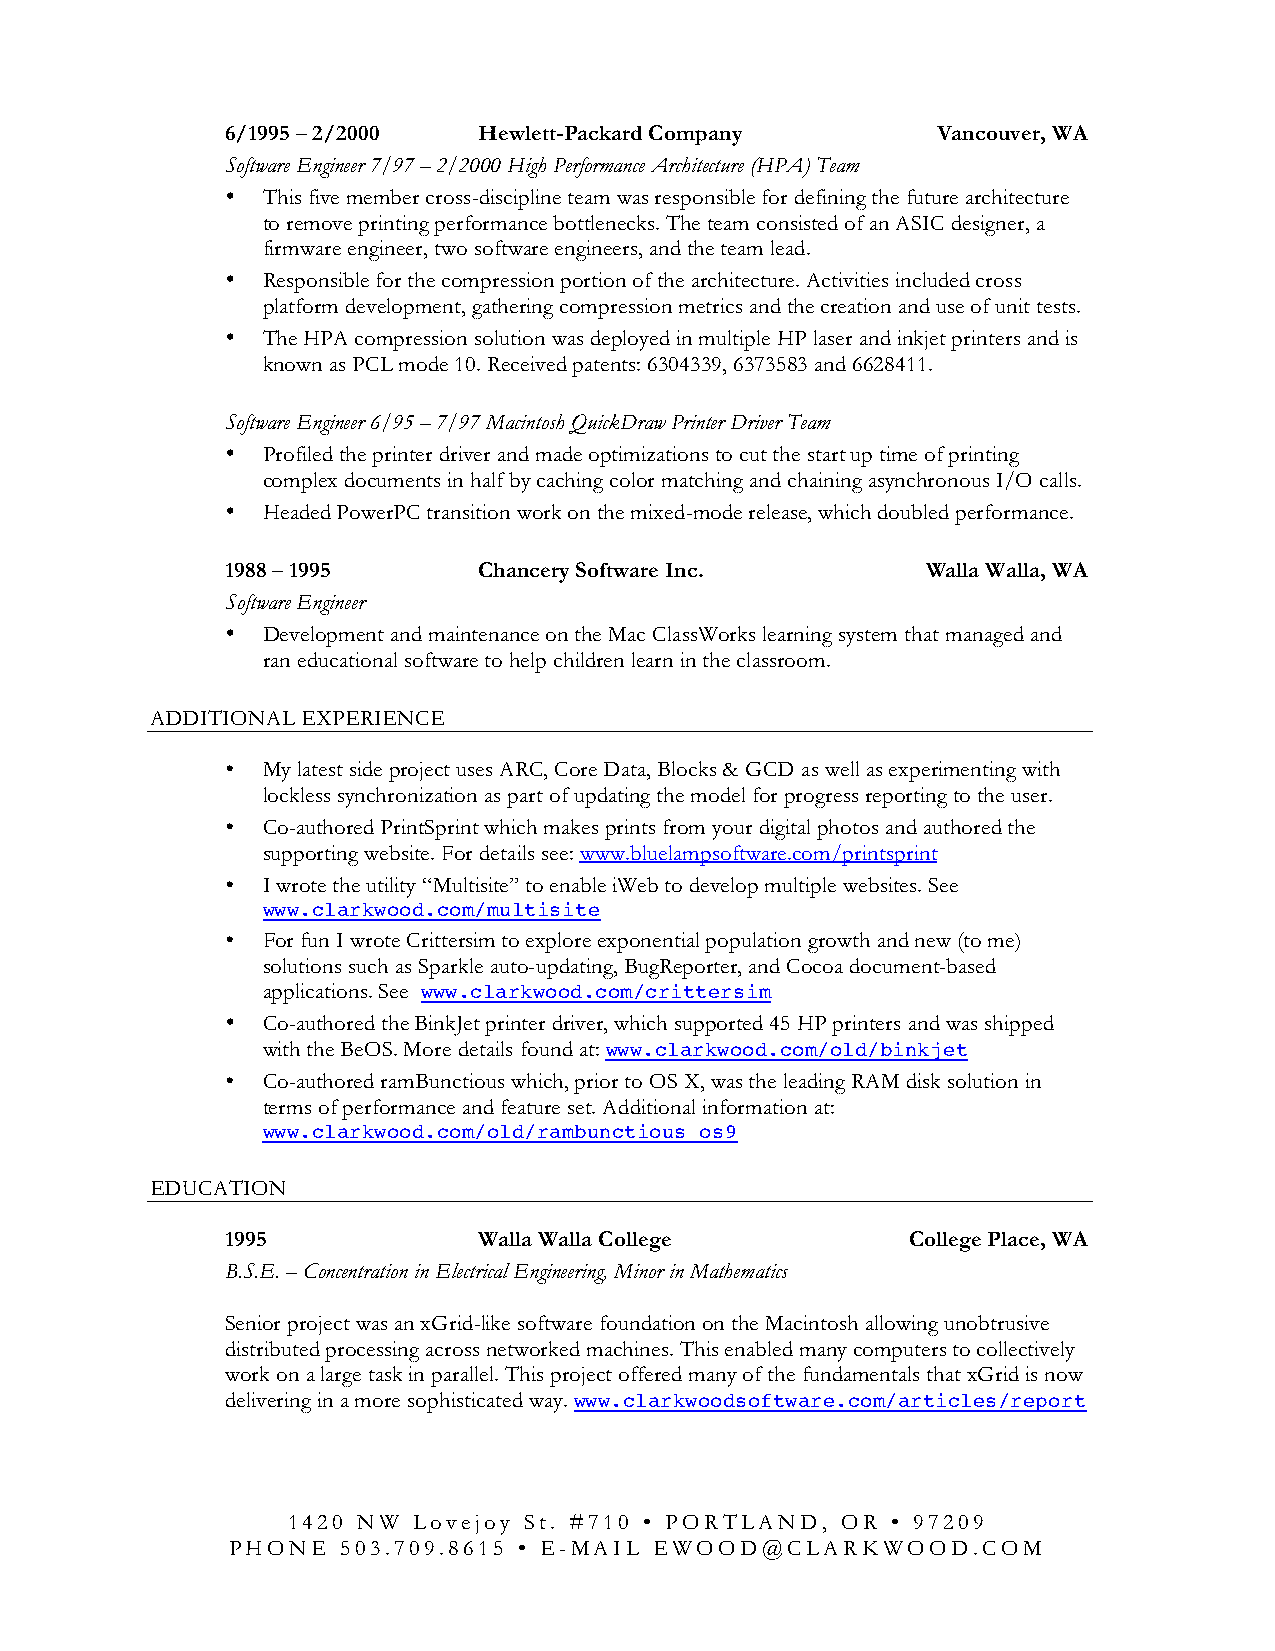
6/1995 – 2/2000  Hewlett-Packard Company       Vancouver, WA
 Software Engineer 7/97 – 2/2000 High Performance Architecture (HPA) Team
 • This five member cross-discipline team was responsible for defining the future architecture
 to remove printing performance bottlenecks. The team consisted of an ASIC designer, a
 firmware engineer, two software engineers, and the team lead.
 • Responsible for the compression portion of the architecture. Activities included cross
 platform development, gathering compression metrics and the creation and use of unit tests.
 • The HPA compression solution was deployed in multiple HP laser and inkjet printers and is
 known as PCL mode 10. Received patents: 6304339, 6373583 and 6628411.
 Software Engineer 6/95 – 7/97 Macintosh QuickDraw Printer Driver Team
 • Profiled the printer driver and made optimizations to cut the start up time of printing
 complex documents in half by caching color matching and chaining asynchronous I/O calls.
 • Headed PowerPC transition work on the mixed-mode release, which doubled performance.
 1988 – 1995      Chancery Software Inc.       Walla Walla, WA
 Software Engineer
 • Development and maintenance on the Mac ClassWorks learning system that managed and
 ran educational software to help children learn in the classroom.
 ADDITIONAL EXPERIENCE
 • My latest side project uses ARC, Core Data, Blocks & GCD as well as experimenting with
 lockless synchronization as part of updating the model for progress reporting to the user.
 • Co-authored PrintSprint which makes prints from your digital photos and authored the
 supporting website. For details see: www.bluelampsoftware.com/printsprint
 • I wrote the utility “Multisite” to enable iWeb to develop multiple websites. See
 www.clarkwood.com/multisite
 • For fun I wrote Crittersim to explore exponential population growth and new (to me)
 solutions such as Sparkle auto-updating, BugReporter, and Cocoa document-based
 applications. See www.clarkwood.com/crittersim
 • Co-authored the BinkJet printer driver, which supported 45 HP printers and was shipped
 with the BeOS. More details found at: www.clarkwood.com/old/binkjet
 • Co-authored ramBunctious which, prior to OS X, was the leading RAM disk solution in
 terms of performance and feature set. Additional information at:
 www.clarkwood.com/old/rambunctious_os9
 EDUCATION
 1995             Walla Walla College         College Place, WA
 B.S.E. – Concentration in Electrical Engineering, Minor in Mathematics
 Senior project was an xGrid-like software foundation on the Macintosh allowing unobtrusive
 distributed processing across networked machines. This enabled many computers to collectively
 work on a large task in parallel. This project offered many of the fundamentals that xGrid is now
 delivering in a more sophisticated way. www.clarkwoodsoftware.com/articles/report
 1420 NW Lovejoy St. #710 • PORTLAND, OR • 97209
 PHONE   503.709.8615 • E-MAIL EWOOD@CLARKWOOD.COM